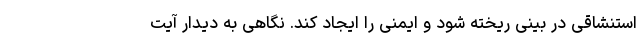
استنشاقی در بینی ریخته شود و ایمنی را ایجاد کند. نگاهی به دیدار آیت